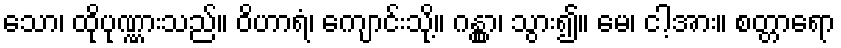
သော၊ ထိုပုဏ္ဏားသည်။ ဝိဟာရံ၊ ကျောင်းသို့။ ဂန္တွာ၊ သွား၍။ မေ၊ ငါ့အား။ စတ္တာရော